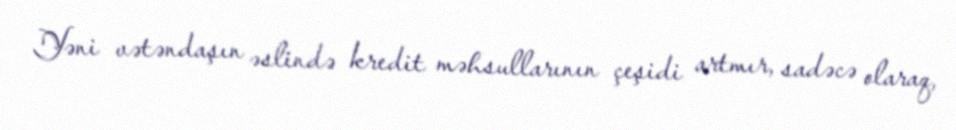
Yəni vətəndaşın əslində kredit məhsullarının çeşidi artmır, sadəcə olaraq,